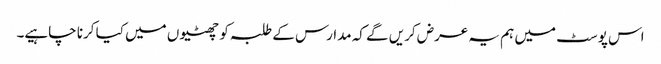
اس پوسٹ میں ہم یہ عرض کریں گے کہ مدارس کے طلبہ کو چھٹیوں میں کیا کرنا چاہیے۔